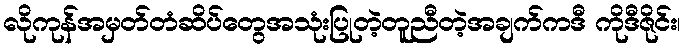
လိုကုန်အမှတ်တံဆိပ်တွေအသုံးပြုတဲ့တူညီတဲ့အချက်ကဒီ ကိုဒီဇိုင်း၊